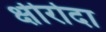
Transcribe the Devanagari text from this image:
क्षीरोदा